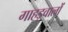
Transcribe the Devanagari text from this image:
गाहड़वालों